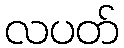
လပတ်